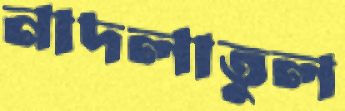
নাদলাতুল